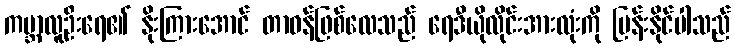
ကမ္ဘာလူဦးရေ၏ နိုးကြားအောင် တာဝန်ဖြစ်လေသည် ရေဒီယိုလိုင်းအားလုံးကို မြန်းနိုင်ပါသည်